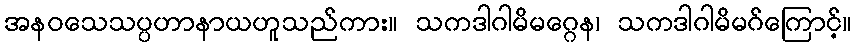
အနဝသေသပ္ပဟာနာယဟူသည်ကား။ သကဒါဂါမိမဂ္ဂေန၊ သကဒါဂါမိမဂ်ကြောင့်။